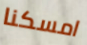
امسكنا